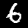
Label: 6